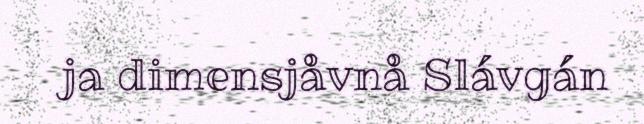
ja dimensjåvnå Slávgán